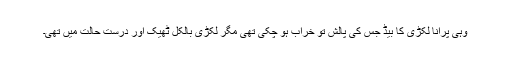
وہی پرانا لکڑی کا بیڈ جس کی پالش تو خراب ہو چکی تھی مگر لکڑی بالکل ٹھیک اور درست حالت میں تھی۔